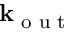
\mathbf { k } _ { \textrm { o u t } }